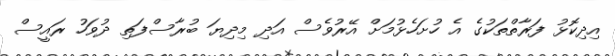
އިދިކޮޅު ފަރާތްތަކުގެ އެ ހުށަހެޅުމަށް އޭރުވެސް އަދި މިދިޔަ ބުރާސްފަތި ދުވަހު ރައީސް